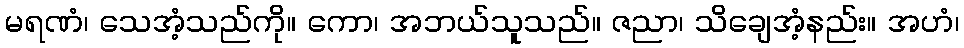
မရဏံ၊ သေအံ့သည်ကို။ ကော၊ အဘယ်သူသည်။ ဇညာ၊ သိချေအံ့နည်း။ အဟံ၊